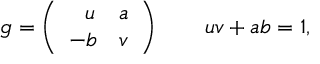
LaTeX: g = \left( \begin{array} { c c } { { \ \ u } } & { { a } } \\ { { - b } } & { { v } } \end{array} \right) \qquad u v + a b = 1 ,